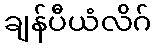
ချန်ပီယံလိဂ်